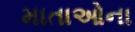
માતાઓના